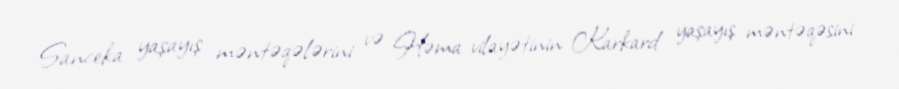
Sanceka yaşayış məntəqələrini və Həma vilayətinin Karkard yaşayış məntəqəsini